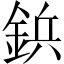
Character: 鋲